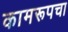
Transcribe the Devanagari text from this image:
कामरूपचा